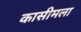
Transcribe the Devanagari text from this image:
कासीमला